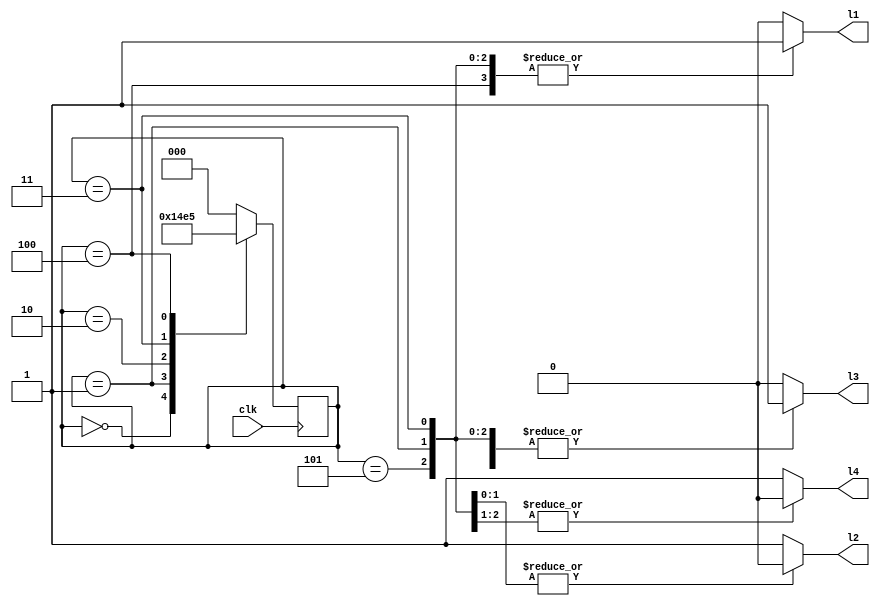
module four_way_TLC(clk,l1,l2,l3,l4);
  input clk;
  output l1,l2,l3,l4;
  
  reg [2:0]state;
  reg l1,l2,l3,l4;
  
parameter  RED=1, GREEN=0;
parameter  s0=0, s1=1, s2=2, s3=3, s4=4, s5=5;
initial 
begin 
  state=s0;
end
always@(posedge clk)
case(state)
s0: state<=s1;
s1: state<=s2;
s2: state<=s3;
s3: state<=s4;
s4: state<=s5;
s5: state<=s0;
default: state<=s0;
endcase
always@(state)
case(state)
  s0: begin
      l1=GREEN;
      l3=GREEN;
      l2=RED;
      l4=RED;
    end
  
  s1: begin
      l2=GREEN;
      l4=GREEN;
      l1=RED;
      l3=RED;
    end
      
  s2: begin
     l1=GREEN;
     l2=RED;
     l3=RED;
     l4=RED;
   end
     
  s3: begin
     l2=GREEN;
     l1=RED;
     l3=RED;
     l4=RED;
   end
   
  s4: begin
     l3=GREEN;
     l2=RED;
     l1=RED;
     l4=RED;
   end
  
  s5: begin
     l4=GREEN;
     l2=RED;
     l3=RED;
     l1=RED;
     end
     
  default: begin
       l1=GREEN;
      l3=GREEN;
      l2=RED;
      l4=RED;
    end
    endcase
    endmodule